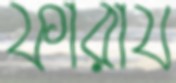
ফারায